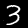
Digit: 3